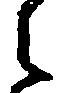
之